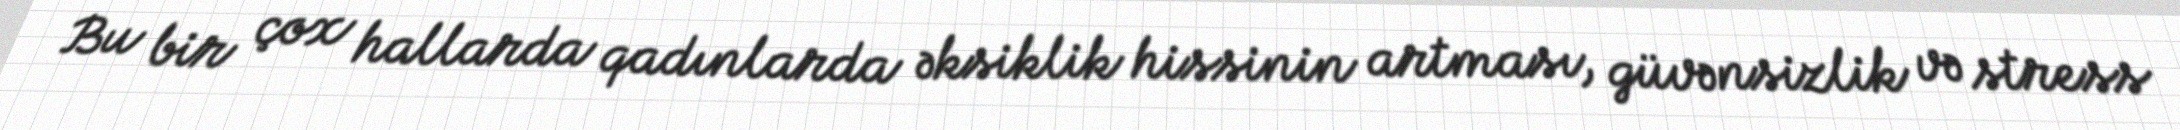
Bu bir çox hallarda qadınlarda əksiklik hissinin artması, güvənsizlik və stress